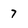
Character: 7